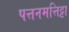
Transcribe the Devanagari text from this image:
पत्तनमत्तिट्टा